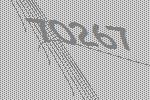
70267